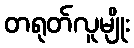
တရုတ်လူမျိုး